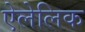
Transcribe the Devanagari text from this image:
ऐलेलिक